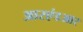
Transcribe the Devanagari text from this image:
आरएंडआर